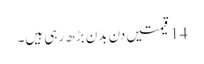
14 قیمتیں دن بدن بڑھ رہی ہیں۔